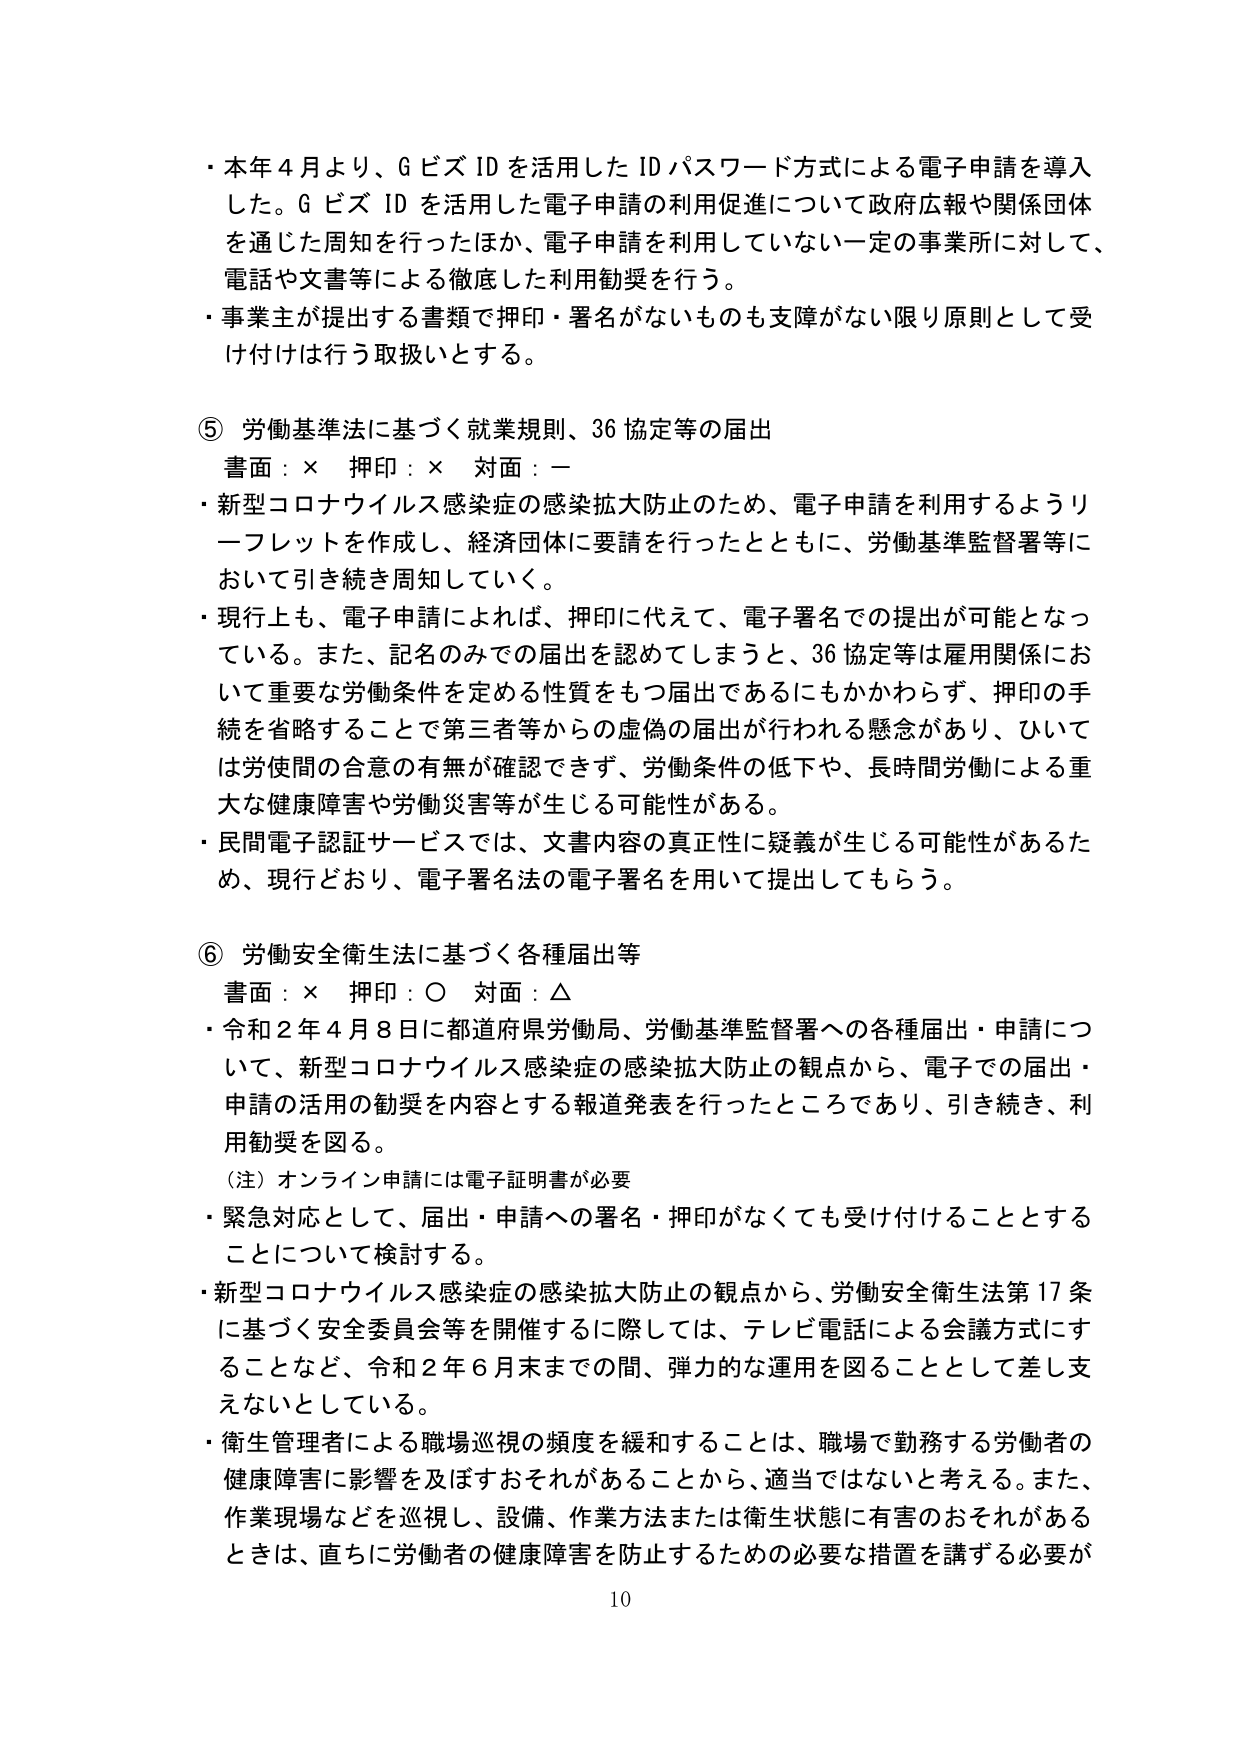
・本年４月より、ＧビズＩＤを活用したＩＤパスワード方式による電子申請を導入した。ＧビズＩＤを活用した電子申請の利用促進について政府広報や関係団体を通じた周知を行ったほか、電子申請を利用していない一定の事業所に対して、電話や文書等による徹底した利用勧奨を行う。

・事業主が提出する書類で押印・署名がないものも支障がない限り原則として受け付けは行う取扱いとする。

⑤ 労働基準法に基づく就業規則、36協定等の届出
書面：× 押印：× 対面：－
・新型コロナウイルス感染症の感染拡大防止のため、電子申請を利用するようリーフレットを作成し、経済団体に要請を行ったとともに、労働基準監督署等において引き続き周知していく。
・現行上も、電子申請によれば、押印に代えて、電子署名での提出が可能となっている。また、記名のみでの届出を認めてしまうと、36協定等は雇用関係において重要な労働条件を定める性質をもつ届出であるにもかかわらず、押印の手続を省略することで第三者等からの虚偽の届出が行われる懸念があり、ひいては労使間の合意の有無が確認できず、労働条件の低下や、長時間労働による重大な健康障害や労働災害等が生じる可能性がある。
・民間電子認証サービスでは、文書内容の真正性に疑義が生じる可能性があるため、現行どおり、電子署名法の電子署名を用いて提出してもらう。

⑥ 労働安全衛生法に基づく各種届出等
書面：× 押印：○ 対面：△
・令和２年４月８日に都道府県労働局、労働基準監督署への各種届出・申請について、新型コロナウイルス感染症の感染拡大防止の観点から、電子での届出・申請の活用の勧奨を内容とする報道発表を行ったところであり、引き続き、利用勧奨を図る。
（注）オンライン申請には電子証明書が必要
・緊急対応として、届出・申請への署名・押印がなくても受け付けることとすることについて検討する。
・新型コロナウイルス感染症の感染拡大防止の観点から、労働安全衛生法第17条に基づく安全委員会等を開催するに際しては、テレビ電話による会議方式にすることなど、令和２年６月末までの間、弾力的な運用を図ることとして差し支えないとしている。
・衛生管理者による職場巡視の頻度を緩和することは、職場で勤務する労働者の健康障害に影響を及ぼすおそれがあることから、適当ではないと考える。また、作業現場などを巡視し、設備、作業方法または衛生状態に有害のおそれがあるときは、直ちに労働者の健康障害を防止するための必要な措置を講ずる必要が

10